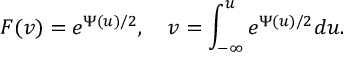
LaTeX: F ( v ) = e ^ { \Psi ( u ) / 2 } , \quad v = \int _ { - \infty } ^ { u } e ^ { \Psi ( u ) / 2 } d u .